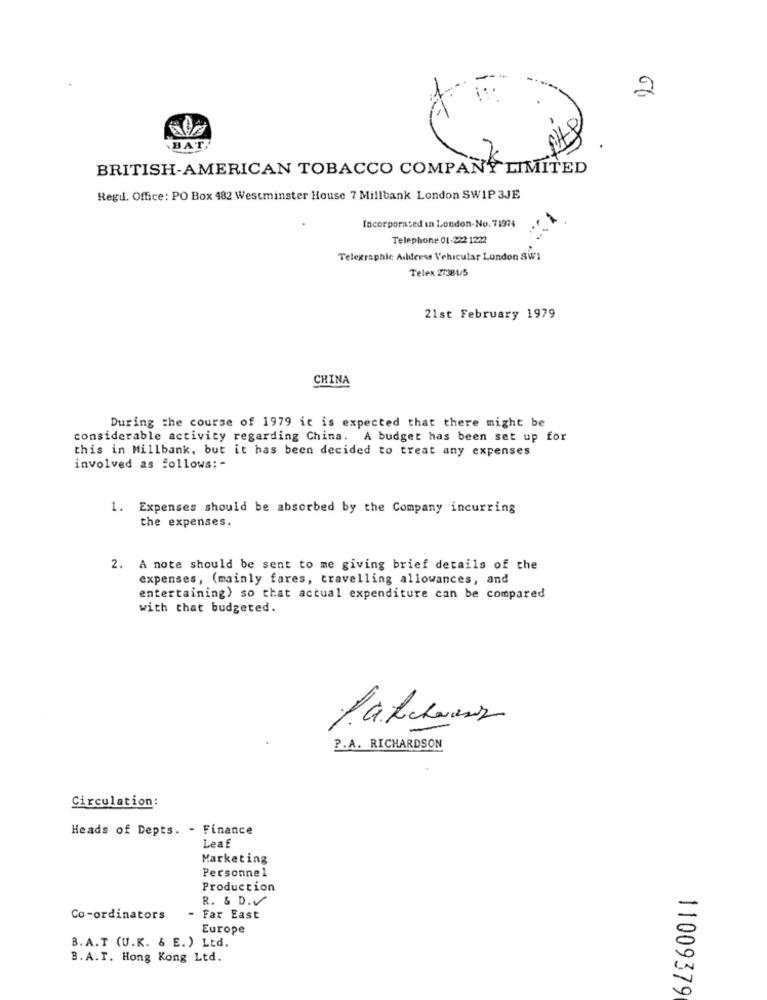
2
BAT.
BRITISH-AMERICAN TOBACCO COMPANY LIMITED
Regd. Office : PO Box 482 Westminster House 7 Millbank London SWIP 3JE
Incorporased in London-No. 71974
Telephone 01-222 1222
Telegraphic Address Vehicular London SW1
Telex 27381/5
21st February 1979
CHINA
During the course of 1979 it is expected that there might be
considerable activity regarding China. A budget has been set up for
this in Millbank, but it has been decided to treat any expenses
involved as follows: -
1. Expenses should be absorbed by the Company incurring
the expenses.
2. A note should be sent to me giving brief details of the
expenses, (mainly fares, travelling allowances, and
entertaining) so that actual expenditure can be compared
with that budgeted.
P.A. RICHARDSON
Circulation:
Heads of Depts. - Finance
Leaf
Marketing
Personnel
Production
R. & D.V
Co-ordinators
- Far East
Europe
B. A.T (U.K. & E. ) Ltd.
B. A.F. Hong Kong Ltd.
11009379